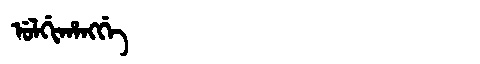
Manchu: ᡠᠯᡤᡳᡥᠠᠩᡤᡝ
Romanization: ULGIHANGGE